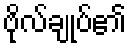
ဗိုလ်ချုပ်၏